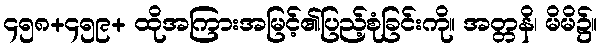
၄၅၈+၄၅၉+ ထိုအကြားအမြင့်၏ပြည့်စုံခြင်းကို။ အတ္တနိ၊ မိမိ၌။